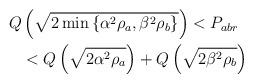
LaTeX: \begin{align*}\begin{aligned}Q & \left( \sqrt{ 2 \min \left\{ \alpha^2 \rho_a, \beta^2 \rho_b \right\} } \right) <P_{abr} \\& < Q \left( \sqrt{ {2 \alpha^2 \rho_a }} \right) + Q\left(\sqrt{{2\beta^2 \rho_b}} \right)\end{aligned}\end{align*}